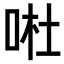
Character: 𠴗